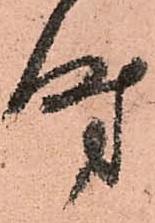
時